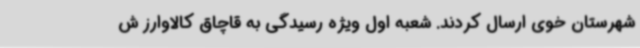
شهرستان خوی ارسال کردند. شعبه اول ویژه رسیدگی به قاچاق کالاوارز ش